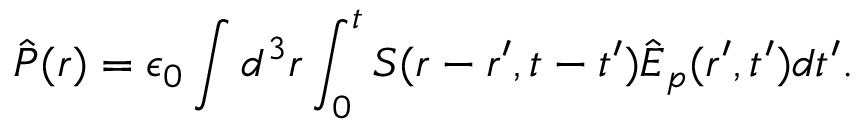
\hat { \boldsymbol P } ( \boldsymbol r ) = \epsilon _ { 0 } \int d ^ { 3 } \boldsymbol r \int _ { 0 } ^ { t } S ( \boldsymbol r - \boldsymbol r ^ { \prime } , t - t ^ { \prime } ) \hat { \boldsymbol E } _ { p } ( r ^ { \prime } , t ^ { \prime } ) d t ^ { \prime } .